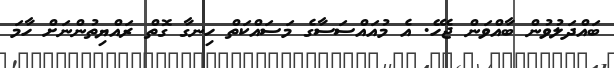
ބައްދަލުވުން ބާއްވަން ޖެހޭ. އެ މުއައްސަސާގެ މަސައްކަތް ހިނގާ ގޮތް ރައްޔިތުންނަށް ހާމަ